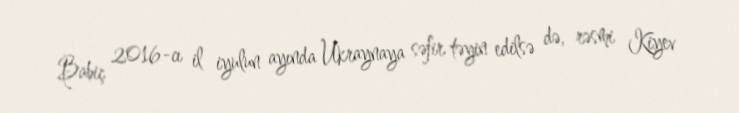
Babiç 2016-cı il iyulun ayında Ukraynaya səfir təyin edilsə də, rəsmi Kiyev